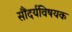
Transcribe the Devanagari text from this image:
सौंदर्यविषयक